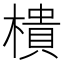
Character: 樻